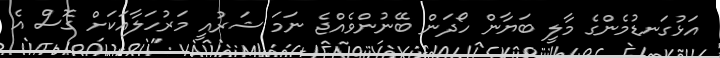
އަޅުގަނޑުމެންގެ މާލީ ބަޔާން ހޯދަން ބޭނުންވެއްޖެ ނަމަ ޝަރުއީ މަރުހަލާއަކަށް ގޮސް އެ